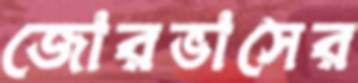
জোরভাসের